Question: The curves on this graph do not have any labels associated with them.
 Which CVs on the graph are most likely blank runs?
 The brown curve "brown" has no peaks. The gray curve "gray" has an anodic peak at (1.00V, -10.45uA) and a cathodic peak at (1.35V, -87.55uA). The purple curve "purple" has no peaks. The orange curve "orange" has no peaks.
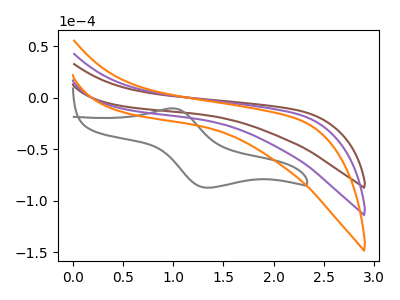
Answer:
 <answer>"brown", "purple" and "orange" are likely to be blanks.</answer>
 <eval>"brown", "purple", "orange"</eval>